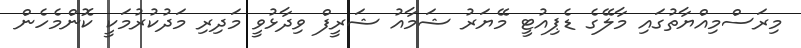
މިރަސްމިއްޔާތުގައި މާލޭގެ ޑެޕިއުޓީ މޭޔަރު ޝަމާއު ޝަރީފް ވިދާޅުވީ މަދިރި މަދުކުރުމަކީ ކޮންމެހެން